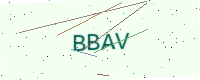
Text: BBAV